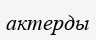
актерды